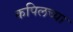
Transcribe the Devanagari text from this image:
कपिलच्या